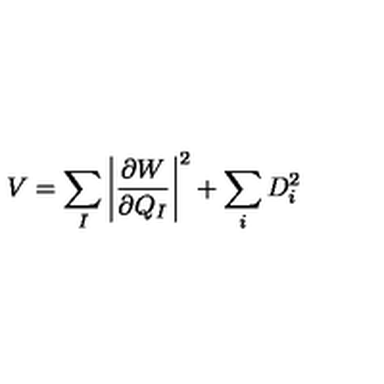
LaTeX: V = \sum _ { I } \left| \frac { \partial W } { \partial Q _ { I } } \right| ^ { 2 } + \sum _ { i } D _ { i } ^ { 2 }